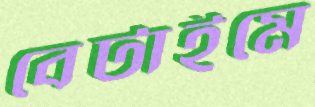
বেটাইমে